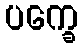
ပက္ခေ